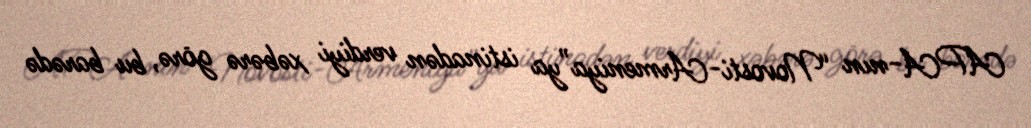
APA-nın “Novosti-Armeniya”ya istinadən verdiyi xəbərə görə, bu barədə